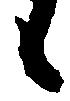
候